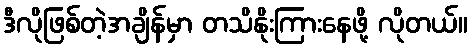
ဒီလိုဖြစ်တဲ့အချိန်မှာ တသိနိုးကြားနေဖို့ လိုတယ်။